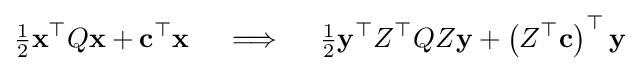
{\tfrac {1}{2}}\mathbf {x} ^{\top }Q\mathbf {x} +\mathbf {c} ^{\top }\mathbf {x} \quad \implies \quad {\tfrac {1}{2}}\mathbf {y} ^{\top }Z^{\top }QZ\mathbf {y} +\left(Z^{\top }\mathbf {c} \right)^{\top }\mathbf {y}